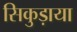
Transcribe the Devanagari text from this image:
सिकुड़ाया